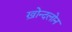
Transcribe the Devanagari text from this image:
ख़ोन्दलोन